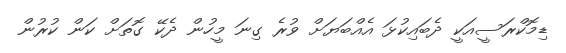
ޑިމޮކްރަސީއަކީ ދެބައިކުޅަ އެއްބަޔަށް ވުރެ ގިނަ މީހުން ދެކޭ ގޮތަށް ކަން ކުރުން